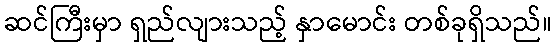
ဆင်ကြီးမှာ ရှည်လျားသည့် နှာမောင်း တစ်ခုရှိသည်။